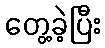
တွေ့ခဲ့ပြီး